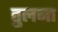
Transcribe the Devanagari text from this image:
तु्लना